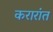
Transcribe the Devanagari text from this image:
करारांत